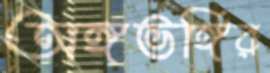
অঙ্গভঙ্গির